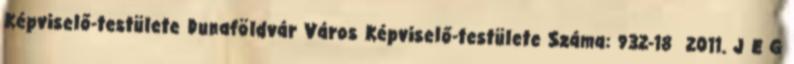
Képviselő-testülete Dunaföldvár Város Képviselő-testülete Száma: 932-18 2011. J E G